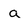
Character: a